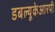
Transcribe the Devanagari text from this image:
डबल्यूकेआरपी